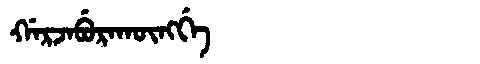
Manchu: ᡤᠠᡵᠵᠠᠪᡠᡵᠠᡴᡡᠩᡤᡝ
Romanization: GARJABURAKŪNGGE